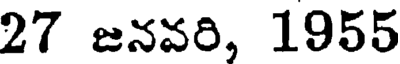
27 జనవరి, 1955